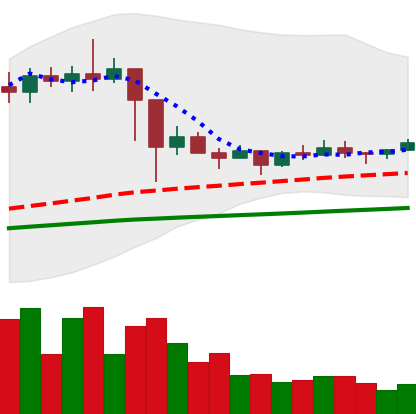
Ticker: ETC-USD
Chart end date: 2021-03-07
Forward return: 3.581%
Label: up_3_5